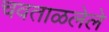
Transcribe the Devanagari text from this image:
चवताळलेले